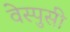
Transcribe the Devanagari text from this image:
वेस्पुसी